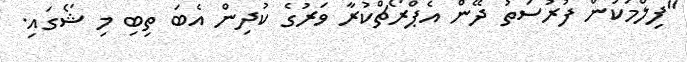
"ފިލްމަކުން ފުރުސަތު ދޭން އެޕްރޯޗްކުރާ ވަރުގެ ކުދިން އެބަ ތިބި މި ޝޯގައި.